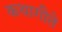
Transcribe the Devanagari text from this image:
कथागीते